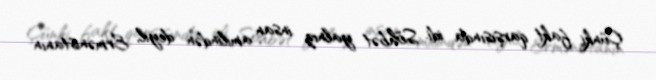
Çünki fakt qarşısında idi. Söhbət yalnız insan amilindən deyil, Ermənistanın